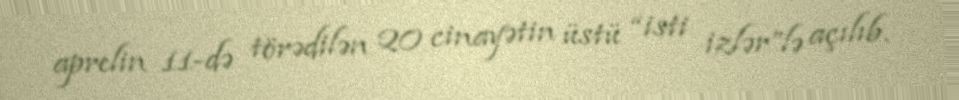
aprelin 11-də törədilən 20 cinayətin üstü “isti izlər”lə açılıb.